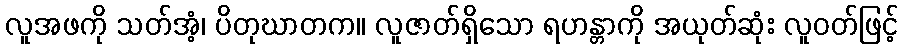
လူအဖကို သတ်အံ့၊ ပိတုဃာတက။ လူဇာတ်ရှိသော ရဟန္တာကို အယုတ်ဆုံး လူဝတ်ဖြင့်